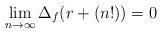
\begin{align*}\lim_{n \to \infty} \Delta_f(r+(n!))=0\end{align*}